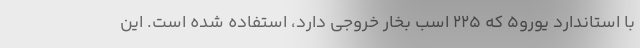
با استاندارد یورو5 که 225 اسب بخار خروجی دارد، استفاده شده است. این